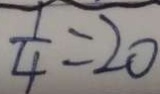
\frac { 1 } { 4 } = 2 0